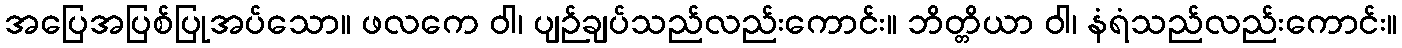
အပြေအပြစ်ပြုအပ်သော။ ဖလကေ ဝါ၊ ပျဉ်ချပ်သည်လည်းကောင်း။ ဘိတ္တိယာ ဝါ၊ နံရံသည်လည်းကောင်း။